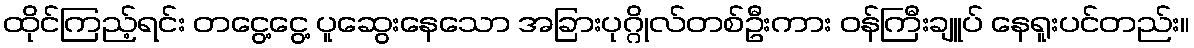
ထိုင်ကြည့်ရင်း တငွေ့ငွေ့ ပူဆွေးနေသော အခြားပုဂ္ဂိုလ်တစ်ဦးကား ဝန်ကြီးချူပ် နေရူးပင်တည်း။